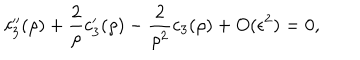
c _ { 3 } ^ { \prime \prime } ( \rho ) + \frac { 2 } { \rho } c _ { 3 } ^ { \prime } ( \rho ) - \frac { 2 } { \rho ^ { 2 } } c _ { 3 } ( \rho ) + O ( \epsilon ^ { 2 } ) = 0 ,